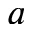
a